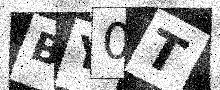
Text: BY0T